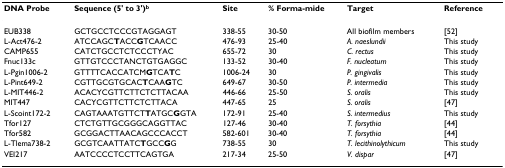
| DNA Probe | Sequence (5' to 3')b | Site | % Forma-mide | Target | Reference |
 | --- | --- | --- | --- | --- | --- |
 | EUB338 | GCTGCCTCCCGTAGGAGT | 338-55 | 30-50 | All biofilm members | [52] |
 | L-Act476-2 | ATCCAGCTACCGTCAACC | 476-93 | 25-40 | A. naeslundii | This study |
 | CAMP655 | CATCTGCCTCTCCCTYAC | 655-72 | 30 | C. rectus | This study |
 | Fnuc133c | GTTGTCCCTANCTGTGAGGC | 133-52 | 30-40 | F. nucleatum | This study |
 | L-Pgin1006-2 | GTTTTCACCATCMGTCATC | 1006-24 | 30 | P. gingivalis | This study |
 | L-Pint649-2 | CGTTGCGTGCACTCAAGTC | 649-67 | 30-50 | P. intermedia | This study |
 | L-MIT446-2 | ACACYCGTTCTTCTCTTACAA | 446-66 | 25-50 | S. oralis | This study |
 | MIT447 | CACYCGTTCTTCTCTTACA | 447-65 | 25 | S. oralis | [47] |
 | L-Scoint172-2 | CAGTAAATGTTCTTATGCGGTA | 172-91 | 25-40 | S. intermedius | This study |
 | Tfor127 | CTCTGTTGCGGGCAGGTTAC | 127-46 | 30-40 | T. forsythia | [44] |
 | Tfor582 | GCGGACTTAACAGCCCACCT | 582-601 | 30-40 | T. forsythia | [44] |
 | L-Tlema738-2 | GCGTCAATTATCTGCCGG | 738-55 | 30 | T. lecithinolythicum | This study |
 | VEI217 | AATCCCCTCCTTCAGTGA | 217-34 | 25-50 | V. dispar | [47] |